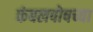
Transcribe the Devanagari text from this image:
कंबलपोषच्या